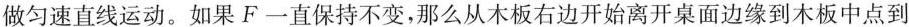
做匀速直线运动。如果F一直保持不变，那么从木板右边开始离开桌面边缘到木板中点到